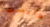
هارست